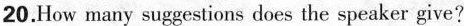
20. How many suggestions does the speaker give?